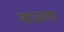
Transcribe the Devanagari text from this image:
महाजलार